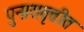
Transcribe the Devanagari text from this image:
पुनारावृत्तीत